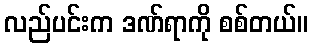
လည်ပင်းက ဒဏ်ရာကို စစ်တယ်။